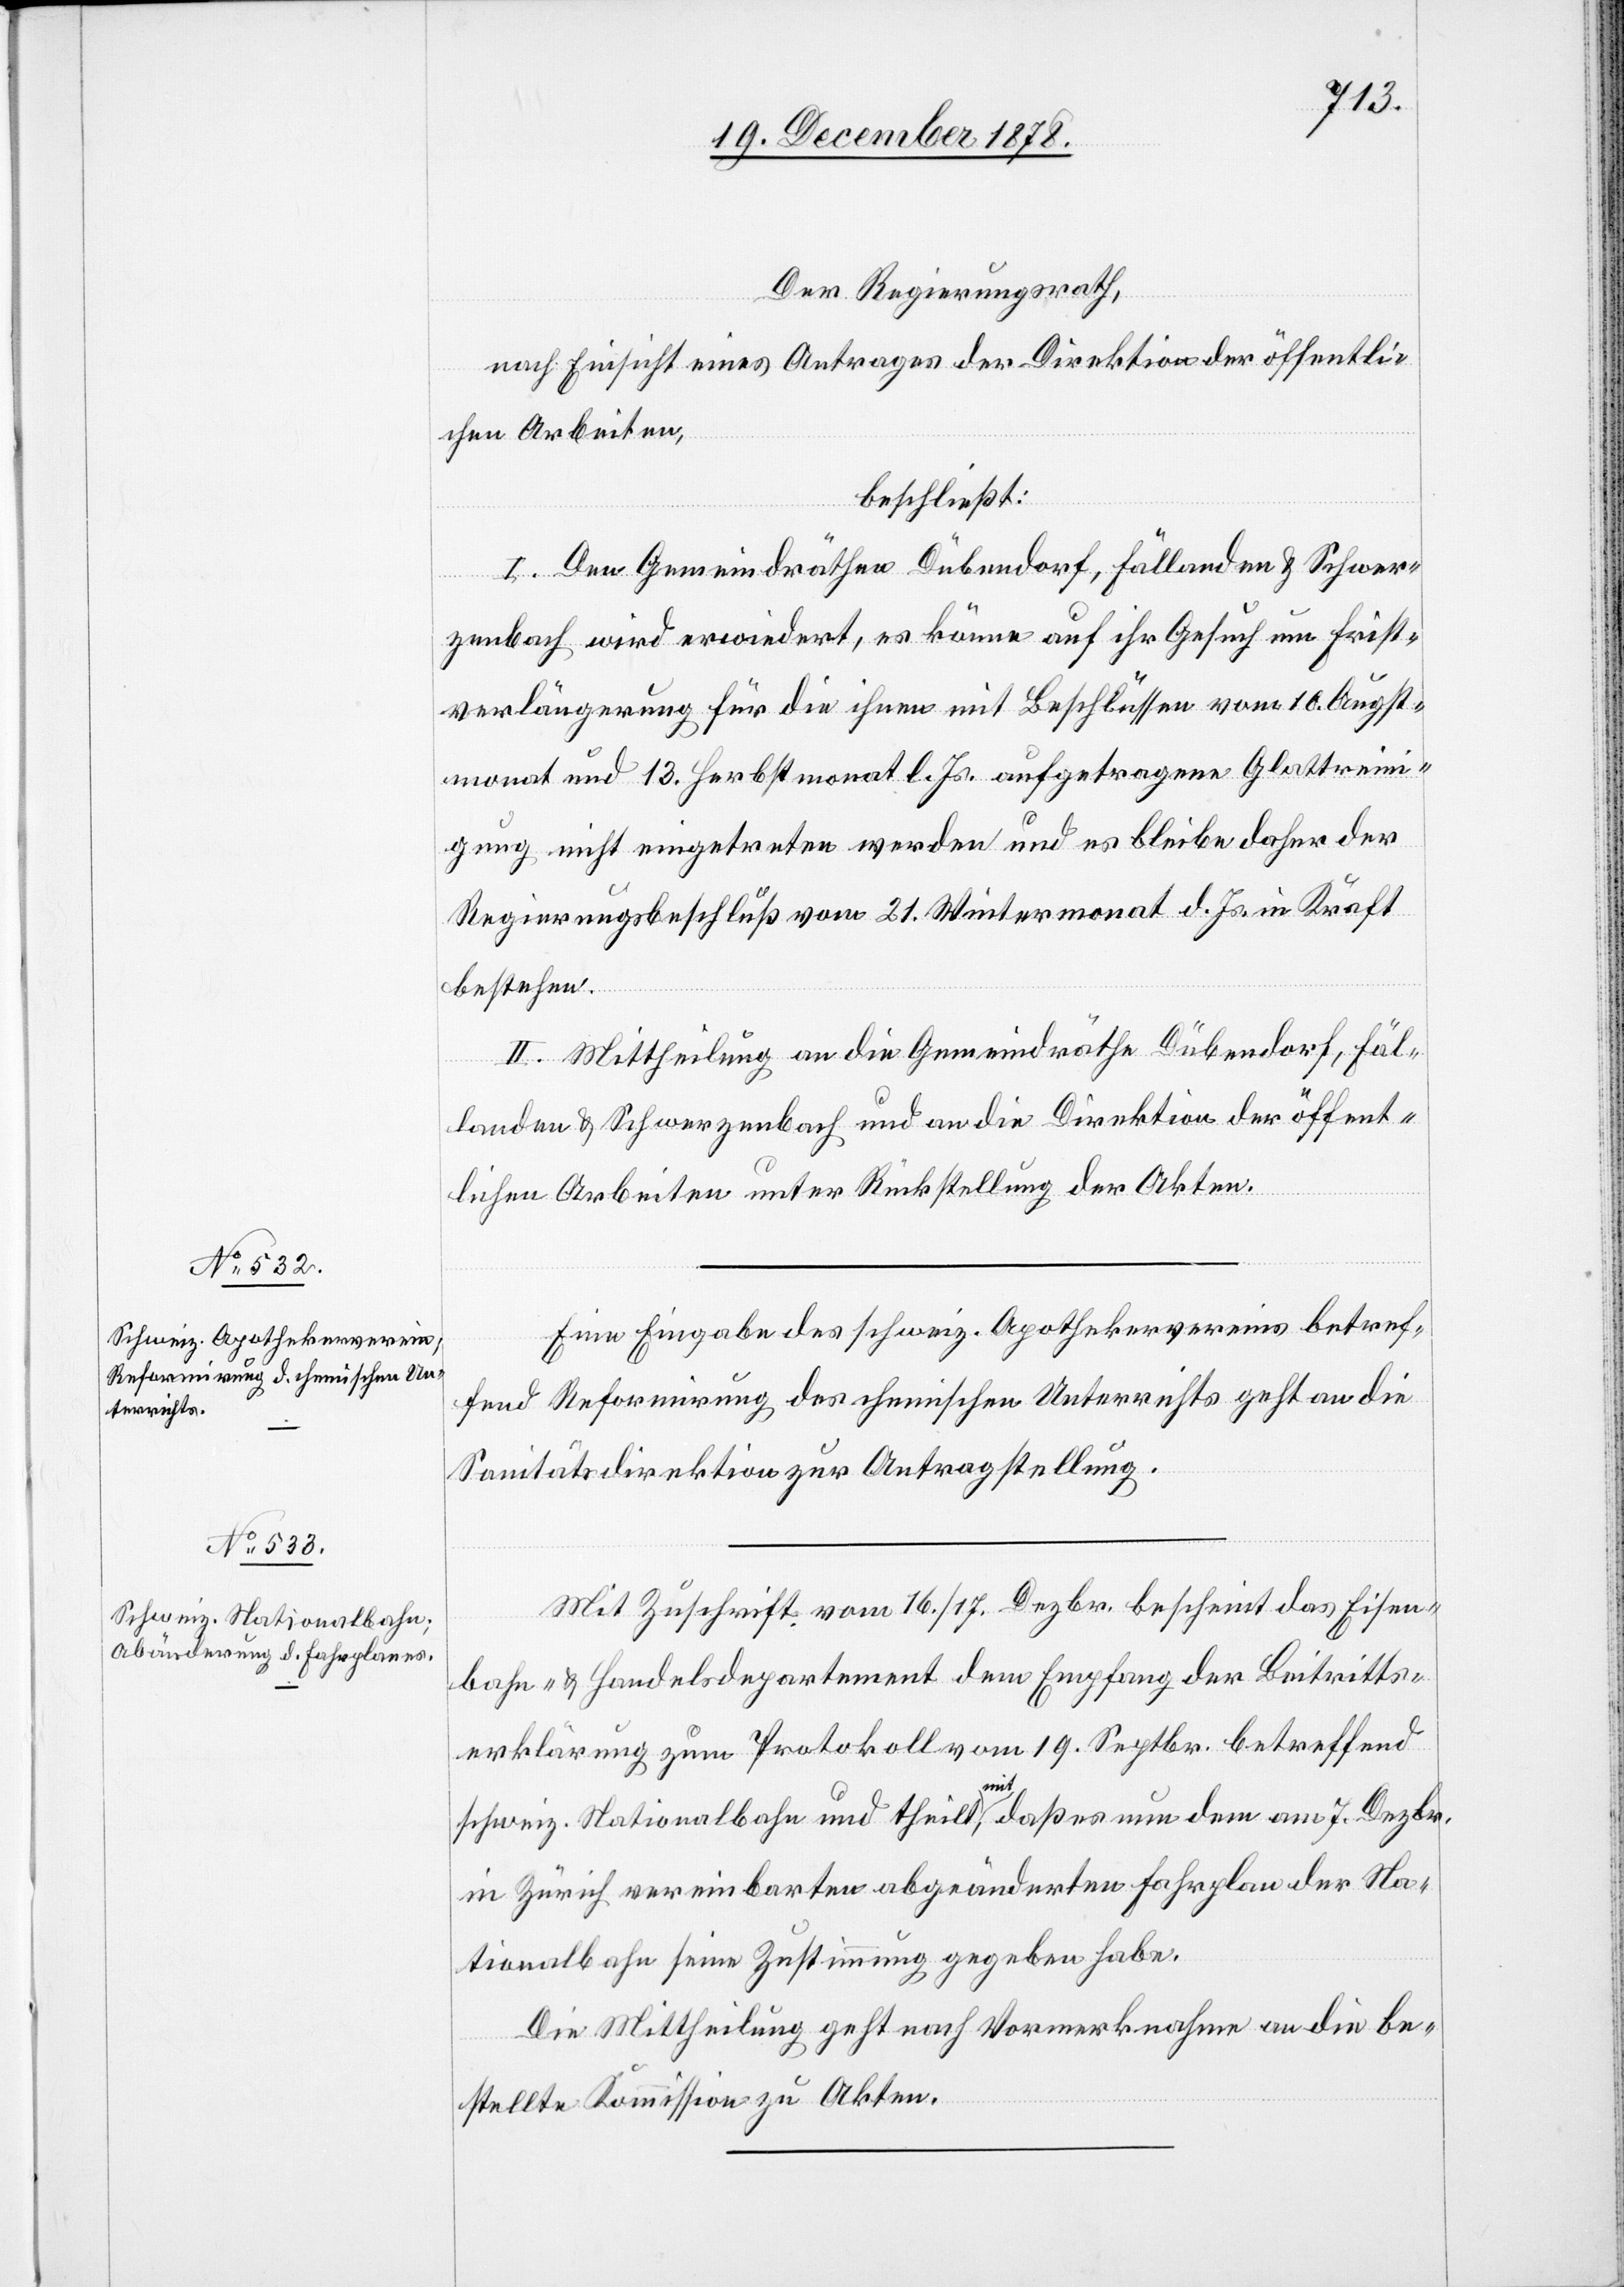
Der Regierungsrath,
nach Einsicht eines Antrages der Direktion der öffentli¬
chen Arbeiten,
beschließt:
I. Den Gemeindräthen Dübendorf, Fällanden & Schwer¬
zenbach wird erwiedert, es könne auf ihr Gesuch um Frist¬
verlängerung für die ihnen mit Beschlüssen vom 10. Augst¬
monat und 13. Herbstmonat l. Js. aufgetragene Glattreini¬
gung nicht eingetreten werden und es bleibe daher der
Regierungsbeschluß vom 21. Wintermonat d. Js. in Kraft
bestehen.
II. Mittheilung an die Gemeindräthe Dübendorf, Fäl¬
landen & Schwerzenbach und an die Direktion der öffent¬
lichen Arbeiten unter Rückstellung der Akten.
Eine Eingabe des schweiz. Apothekervereins betref¬
fend Reformirung des chemischen Unterrichts geht an die
Sanitätsdirektion zur Antragstellung.
Mit Zuschrift vom 16./17. Dezbr. bescheint das Eisen¬
bahn- & Handelsdepartement dem Empfang der Beitritts¬
erklärung zum Protokoll vom 19. Septbr. betreffend
schweiz. Nationalbahn und theilt mit, daß er nun dem am 7. Dezbr.
in Zürich vereinbarten abgeänderten Fahrplan der Na¬
tionalbahn seine Zustimmung gegeben habe.
Die Mittheilung geht nach Vormerknahme an die be¬
stellte Kommission zu Akten.